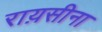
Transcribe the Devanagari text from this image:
राय़सीना